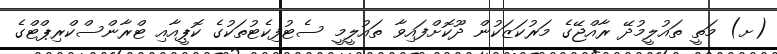
(ށ) މަތީ ތައުލީމުދޭ ރާއްޖޭގެ މަރުކަޒަކުން ދޫކޮށްފައިވާ ތައުލީމީ ސެޓުފިކެޓުތަކުގެ ކޮޕީއާއި ޓްރާންސްކްރިޕްޓްގެ